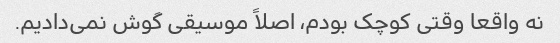
نه واقعا وقتی کوچک بودم، اصلاً موسیقی گوش نمی‌دادیم.